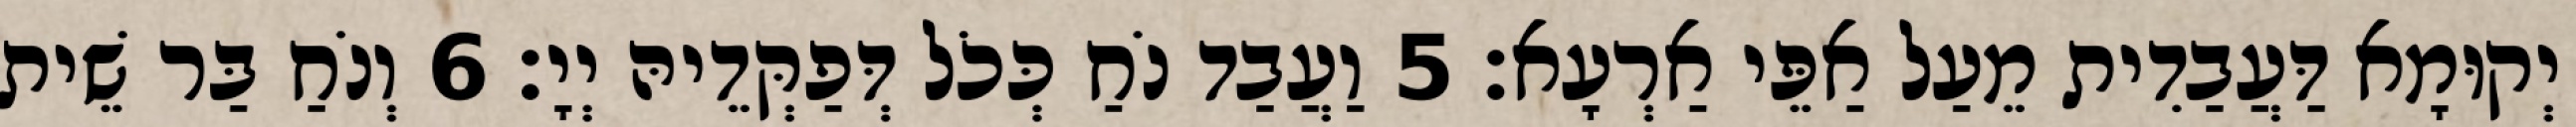
יְקוּמָא דַּעֲבַדִית מֵעַל אַפֵּי אַרְעָא׃ 5 וַעֲבַד נֹחַ כְּכֹל דְּפַקְּדֵיהּ יְיָ׃ 6 וְנֹחַ בַּר שֵׁית